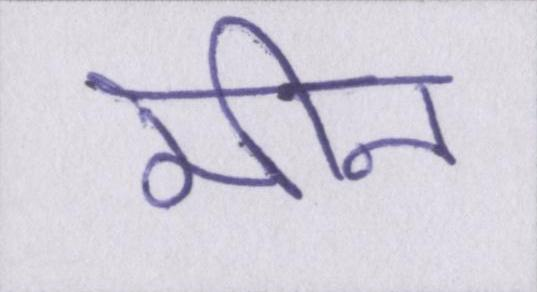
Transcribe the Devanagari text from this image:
मीन